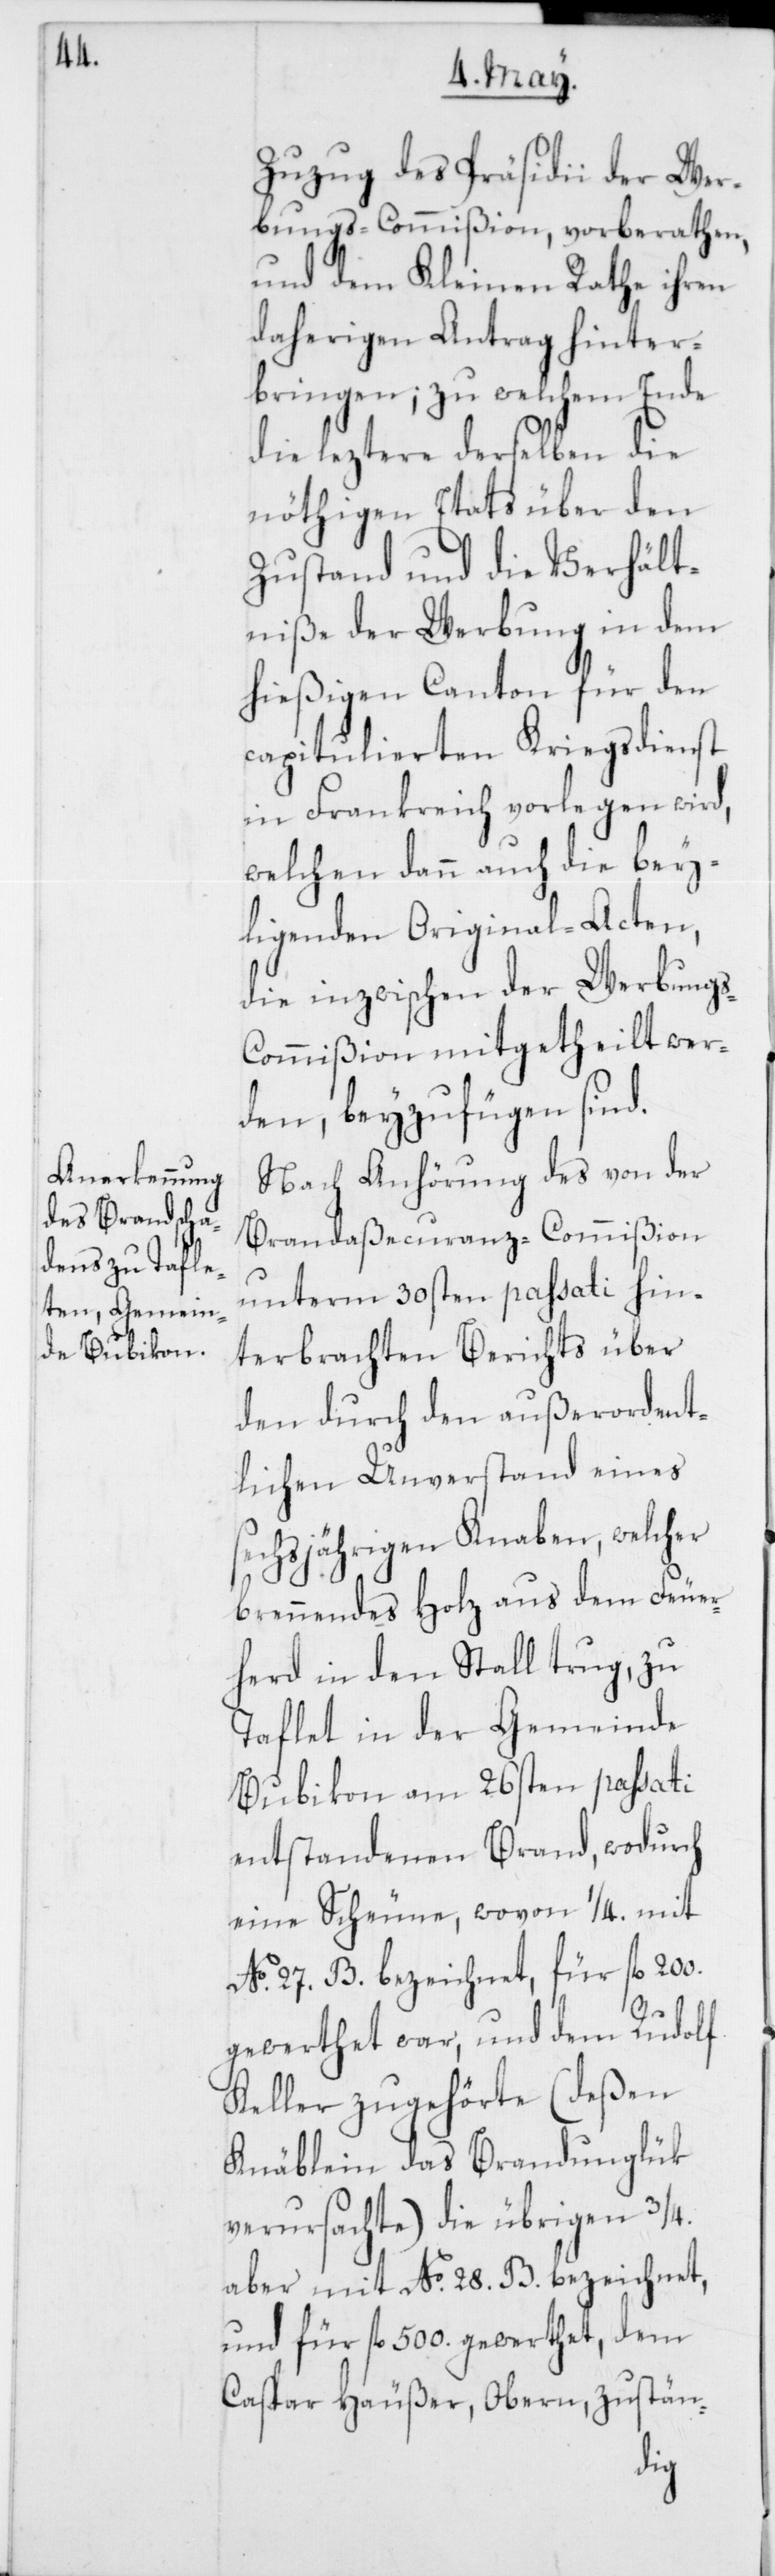
Zuzug des Präsidii der Wer¬
bungs-Commißion, vorberathen,
und dem Kleinen Rathe ihren
daherigen Antrag hinter¬
bringen; zu welchem Ende
die leztere derselben die
nöthigen Etats über den
Zustand und die Verhält¬
niße der Werbung in dem
hießigen Canton für den
capitulierten Kriegsdienst
in Frankreich vorlegen wird,
welchen dann auch die bey¬
ligenden Original-Acten,
die inzwischen der Werbung¬
s-Commißion mitgetheilt wer¬
den, beyzufügen sind.
Nach Anhörung des von der
Brandaßecuranz-Commißion
unterm 30sten passati hin¬
terbrachten Berichts über
den durch den außerordent¬
lichen Unverstand eines
sechsjährigen Knaben, welcher
brennendes Holz aus dem Feuer¬
herd in den Stall trug, zu
Taflet in der Gemeinde
Bubikon, am 26sten passati
entstandenen Brand, wodurch
eine Scheune, wovon 1/4. mit
No. 27. B. bezeichnet, für fl. 200.
gewerthet war, und dem Rudolf
Keller zugehörte (deßen
Knäblein das Brandunglük
verursachte), die übrigen 3/4.
aber mit No. 28. B. bezeichnet
und für fl. 500. gewerthet, dem
Caspar Häußer, Obern, zustän-